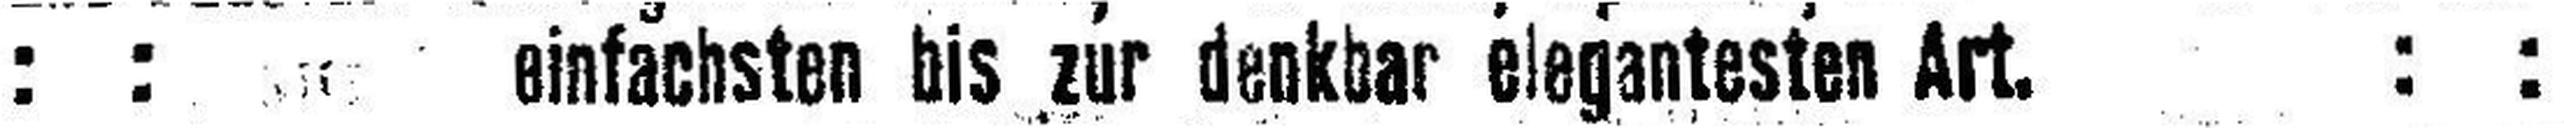
: : einfachsten bis zur denkbar elegantesten Art. : :